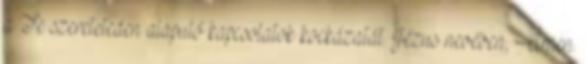
a Te szereteteden alapuló kapcsolatok kockázatát. Jézus nevében, Ámen.